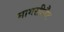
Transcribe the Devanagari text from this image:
मागसीनैट